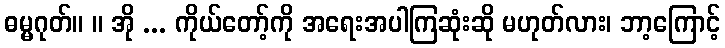
ဓမ္မဂုတ်။ ။ အို ... ကိုယ်တော့်ကို အရေးအပါကြဆုံးဆို မဟုတ်လား၊ ဘာ့ကြောင့်